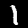
Digit: 1